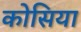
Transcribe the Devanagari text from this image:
कोसिया